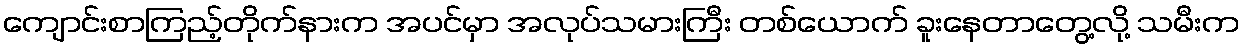
ကျောင်းစာကြည့်တိုက်နားက အပင်မှာ အလုပ်သမားကြီး တစ်ယောက် ခူးနေတာတွေ့လို့ သမီးက